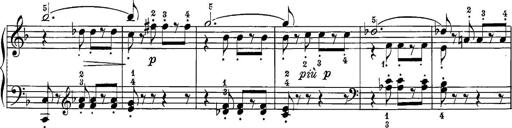
Title: 12 Sonatine per Pianoforte
Composer: Friedrich Kuhlau